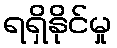
ရရှိနိုင်မှု